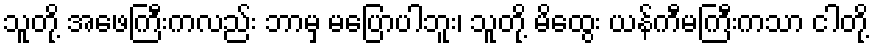
သူတို့ အဖေကြီးကလည်း ဘာမှ မပြောပါဘူး၊ သူတို့ မိထွေး ယန်ကီမကြီးကသာ ငါတို့